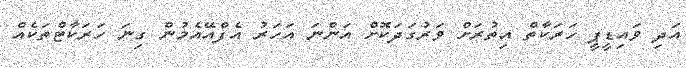
އަދި ވައިޑީޕީ ހަރަކާތް އިތުރަށް ވަރުގަދަކޮށް އަންނަ އަހަރު އެފްއޭއެމުން ގިނަ ހަރަކާޓްތަކެއް